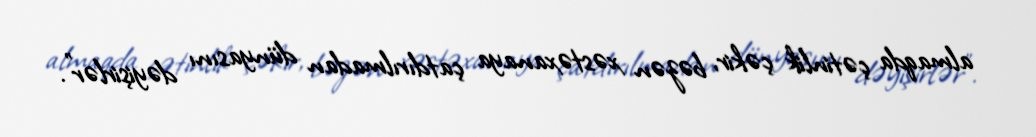
almaqda çətinlik çəkir, bəzən xəstəxanaya çatdırılmadan dünyasını dəyişirlər".